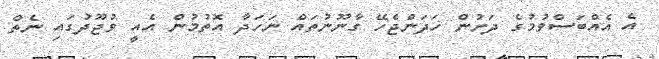
އެ އެއްބަސްވުމުގެ ދަށުން ހަދަންޖެހޭ ގާނޫނުތައް ނަހަދާ އޮތުމުން އެއީ ވުޖޫދުގައި ނެތް